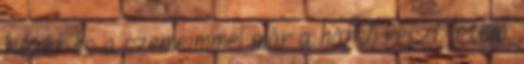
kezét és a szemeimmel már a hátsó részt lesem.